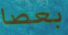
بعصا